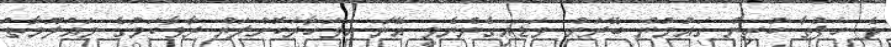
ދެ ހަފްތާ ކުރިން ގައުމުން ބޭރަށް ވަޑައިގެންނެވީ އޭނާ އަވަހާރަކޮށްލަން ރާވާކަމުގެ މައުލޫމާތު